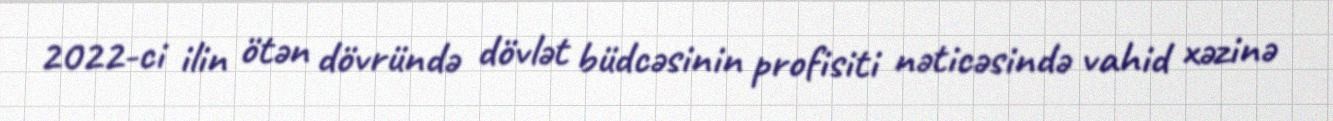
2022-ci ilin ötən dövründə dövlət büdcəsinin profisiti nəticəsində vahid xəzinə